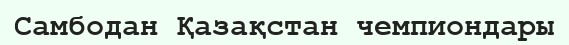
Самбодан Қазақстан чемпиондары